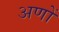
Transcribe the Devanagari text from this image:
अणों